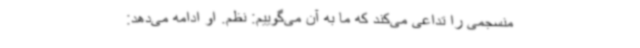
منسجمی را تداعی می‌کند که ما به آن می‌گوییم: نظم. او ادامه می‌دهد: